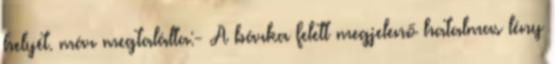
helyét. már megtalálta:- A bárka felett megjelenő hatalmas lény